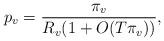
LaTeX: \begin{align*}p_v=\frac{\pi_v}{R_v(1+O(T\pi_v))},\end{align*}